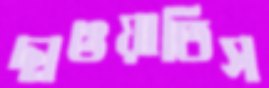
ছাওয়াতিস